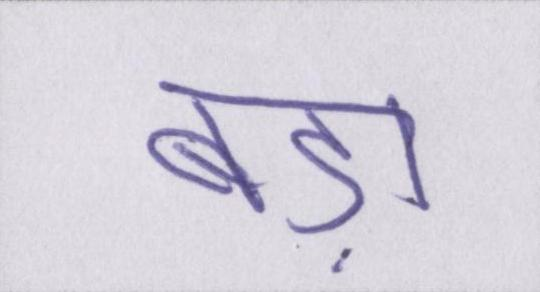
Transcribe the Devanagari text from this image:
बड़ा